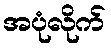
အပုံလိုက်